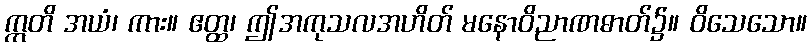
ဣတိ အယံ၊ ကား။ ဧတ္ထ၊ ဤအကုသလအဟိတ် မနောဝိညာဏဓာတ်၌။ ဝိသေသော။